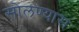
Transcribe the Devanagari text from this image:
सोलण्यास